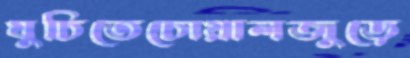
ঘুচিতেচোয়ালজুড়ে